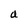
Character: a